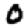
Digit: 0